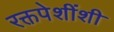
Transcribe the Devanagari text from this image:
रक्तपेशींशी